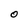
Character: O